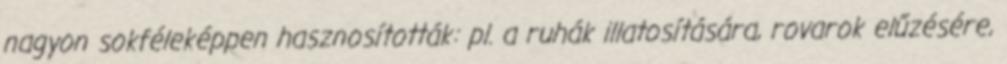
nagyon sokféleképpen hasznosították: pl. a ruhák illatosítására, rovarok elűzésére,